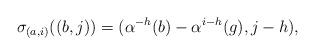
LaTeX: \begin{align*}\sigma_{(a,i)}((b,j))=(\alpha^{-h}(b)-\alpha^{i-h}(g),j-h),\end{align*}